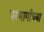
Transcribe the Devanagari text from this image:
परमार्गाच्या